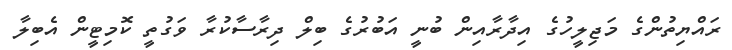
ރައްޔިތުންގެ މަޖިލީހުގެ އިދާރާއިން ބުނީ އަބުރުގެ ބިލް ދިރާސާކުރާ ވަގުތީ ކޮމިޓީން އެބިލާ